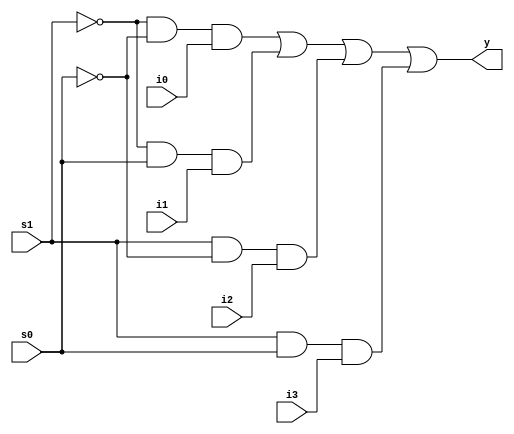
module fourmux(i0,i1,i2,i3,s0,s1,y);
input i0,i1,i2,i3,s0,s1;
output y;
assign y=((~s1)&(~s0)&i0)|((~s1)&s0&i1)|(s1&(~s0)&i2)|(s1&s0)&i3;
endmodule